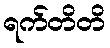
ရက်တိတိ